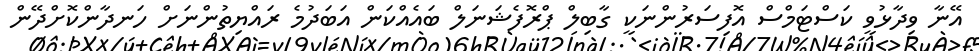
އޭނާ ވިދާޅުވީ ކަސްޓަމްސް އޮފިސަރުންނަކީ ގާބިލް ޕްރޮފެޝަނަލް ބައެއްކަން އަބަދުމެ ރައްޔިތުންނަށް ހަނދާންކޮށްދޭން